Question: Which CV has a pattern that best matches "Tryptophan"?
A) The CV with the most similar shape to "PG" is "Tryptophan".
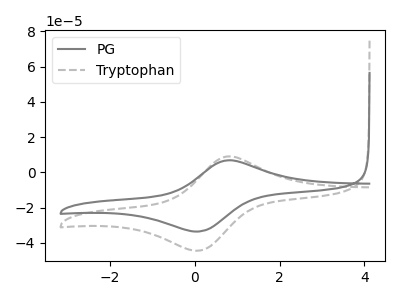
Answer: <think>The gray curve "PG" has an anodic peak at (0.80V, 6.85uA) and a cathodic peak at (0.10V, -33.60uA). The gray dashed curve "Tryptophan" has an anodic peak at (0.80V, 9.05uA) and a cathodic peak at (0.10V, -44.50uA).
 All the peaks in "PG" have a peak in "Tryptophan" at the same potential. Every peak in "PG" is lower than every peak in "Tryptophan".</think>
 <answer>A) The CV with the most similar shape to "PG" is "Tryptophan".</answer>
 <eval>A</eval>